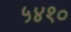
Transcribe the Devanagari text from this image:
५४१०